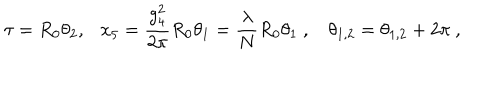
\tau = R _ { 0 } \theta _ { 2 } , \ \ \ x _ { 5 } = { \frac { g _ { 4 } ^ { 2 } } { 2 \pi } } R _ { 0 } \theta _ { 1 } = \frac { \lambda } { N } R _ { 0 } \theta _ { 1 } \ , \ \ \ \, \theta _ { 1 , 2 } = \theta _ { 1 , 2 } + 2 \pi \ ,